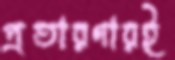
প্রতারণারই